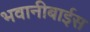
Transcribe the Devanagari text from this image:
भवानीबाईस